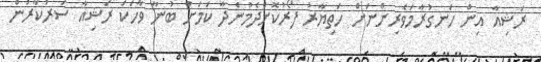
ރަޝިއާ އިން ހަނގުރާމަވެރިންނަށް ހަތިޔާރު ފޯރުކޮށްދެމުންދާ ކަމަށް ބުނާ ވާހަކަ ރަޝިއާ ސަރުކާރުން